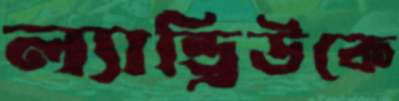
ল্যান্ড্রিউকে